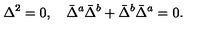
\Delta ^ { 2 } = 0 , \quad \bar { \Delta } ^ { a } \bar { \Delta } ^ { b } + \bar { \Delta } ^ { b } \bar { \Delta } ^ { a } = 0 .